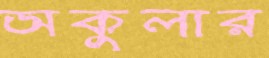
অকুলার